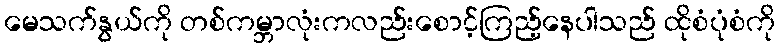
မေသက်နွယ်ကို တစ်ကမ္ဘာလုံးကလည်းစောင့်ကြည့်နေပါသည် ထိုစံပုံစံကို